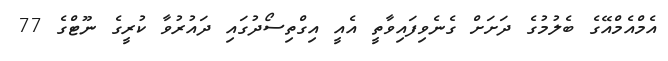
އެމްއެމްއޭގެ ބެލުމުގެ ދަށަށް ގެނެވިފައިވާތީ އެއީ އިގްތިސޯދުގައި ދައުރުވާ ކުރީގެ ނޫޓްގެ 77